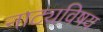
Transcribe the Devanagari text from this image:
नाट्यविषय